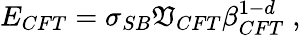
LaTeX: E_{CFT}=\sigma_{SB}\mathfrak{V}_{CFT}\beta_{CFT}^{1-d}\; ,